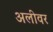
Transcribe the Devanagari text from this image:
अलीवर